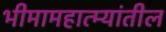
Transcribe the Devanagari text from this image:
भीमामहात्म्यांतील